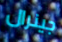
جينرال